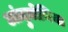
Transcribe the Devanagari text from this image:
आंदुतोनिया